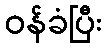
ဝန်ခံပြီး